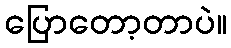
ပြောတော့တာပဲ။